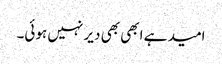
امید ہے ابھی بھی دیر نہیں ہوئی۔